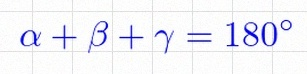
\alpha+\beta+\gamma=180^\circ